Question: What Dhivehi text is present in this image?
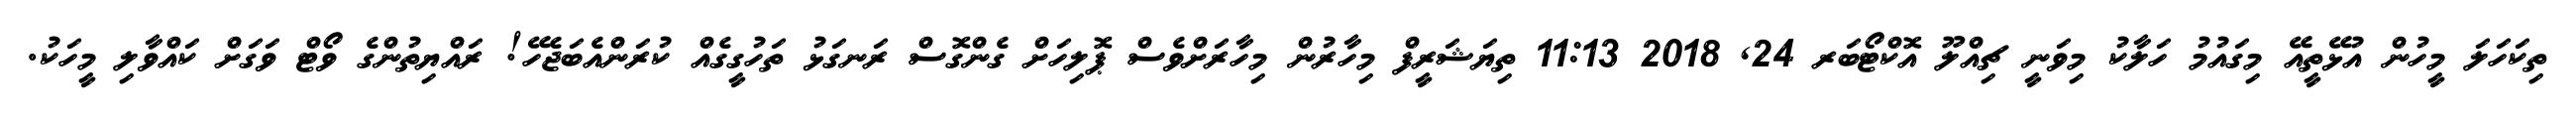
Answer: ތިކަހަލަ މީހުން އުޅޭތީއޭ މިގައުމު ހަލާކު މިވަނީ ޗިއްލޫ އޮކްޓޯބަރ 24, 2018 11:13 ތިޔަޝަރީފް މިހާރުން މިހާރަށްވެސް ޕޮލިހަށް ގެންގޮސް ރަނގަޅު ތަހުގީގެއް ކުރަންއެބަޖެހޭ! ރައްޔިތުންގެ ވޯޓް ވަގަށް ކައްވާލި މީހަކު.